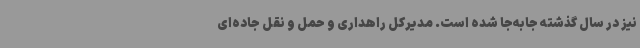
نیز در سال گذشته جابه‌جا شده است. مدیرکل راهداری و حمل و نقل جاده‌ای